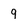
Character: 9